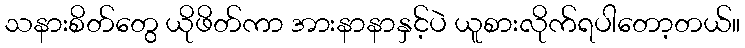
သနားစိတ်တွေ ယိုဖိတ်ကာ အားနာနာနှင့်ပဲ ယူစားလိုက်ရပါတော့တယ်။